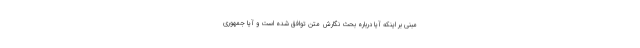
مبنی بر اینکه‌ آیا درباره بحث نگارش متن توافق شده است و آیا جمهوری